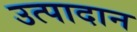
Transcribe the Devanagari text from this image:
उत्पादान